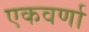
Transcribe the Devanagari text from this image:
एकवर्णा